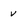
Character: v